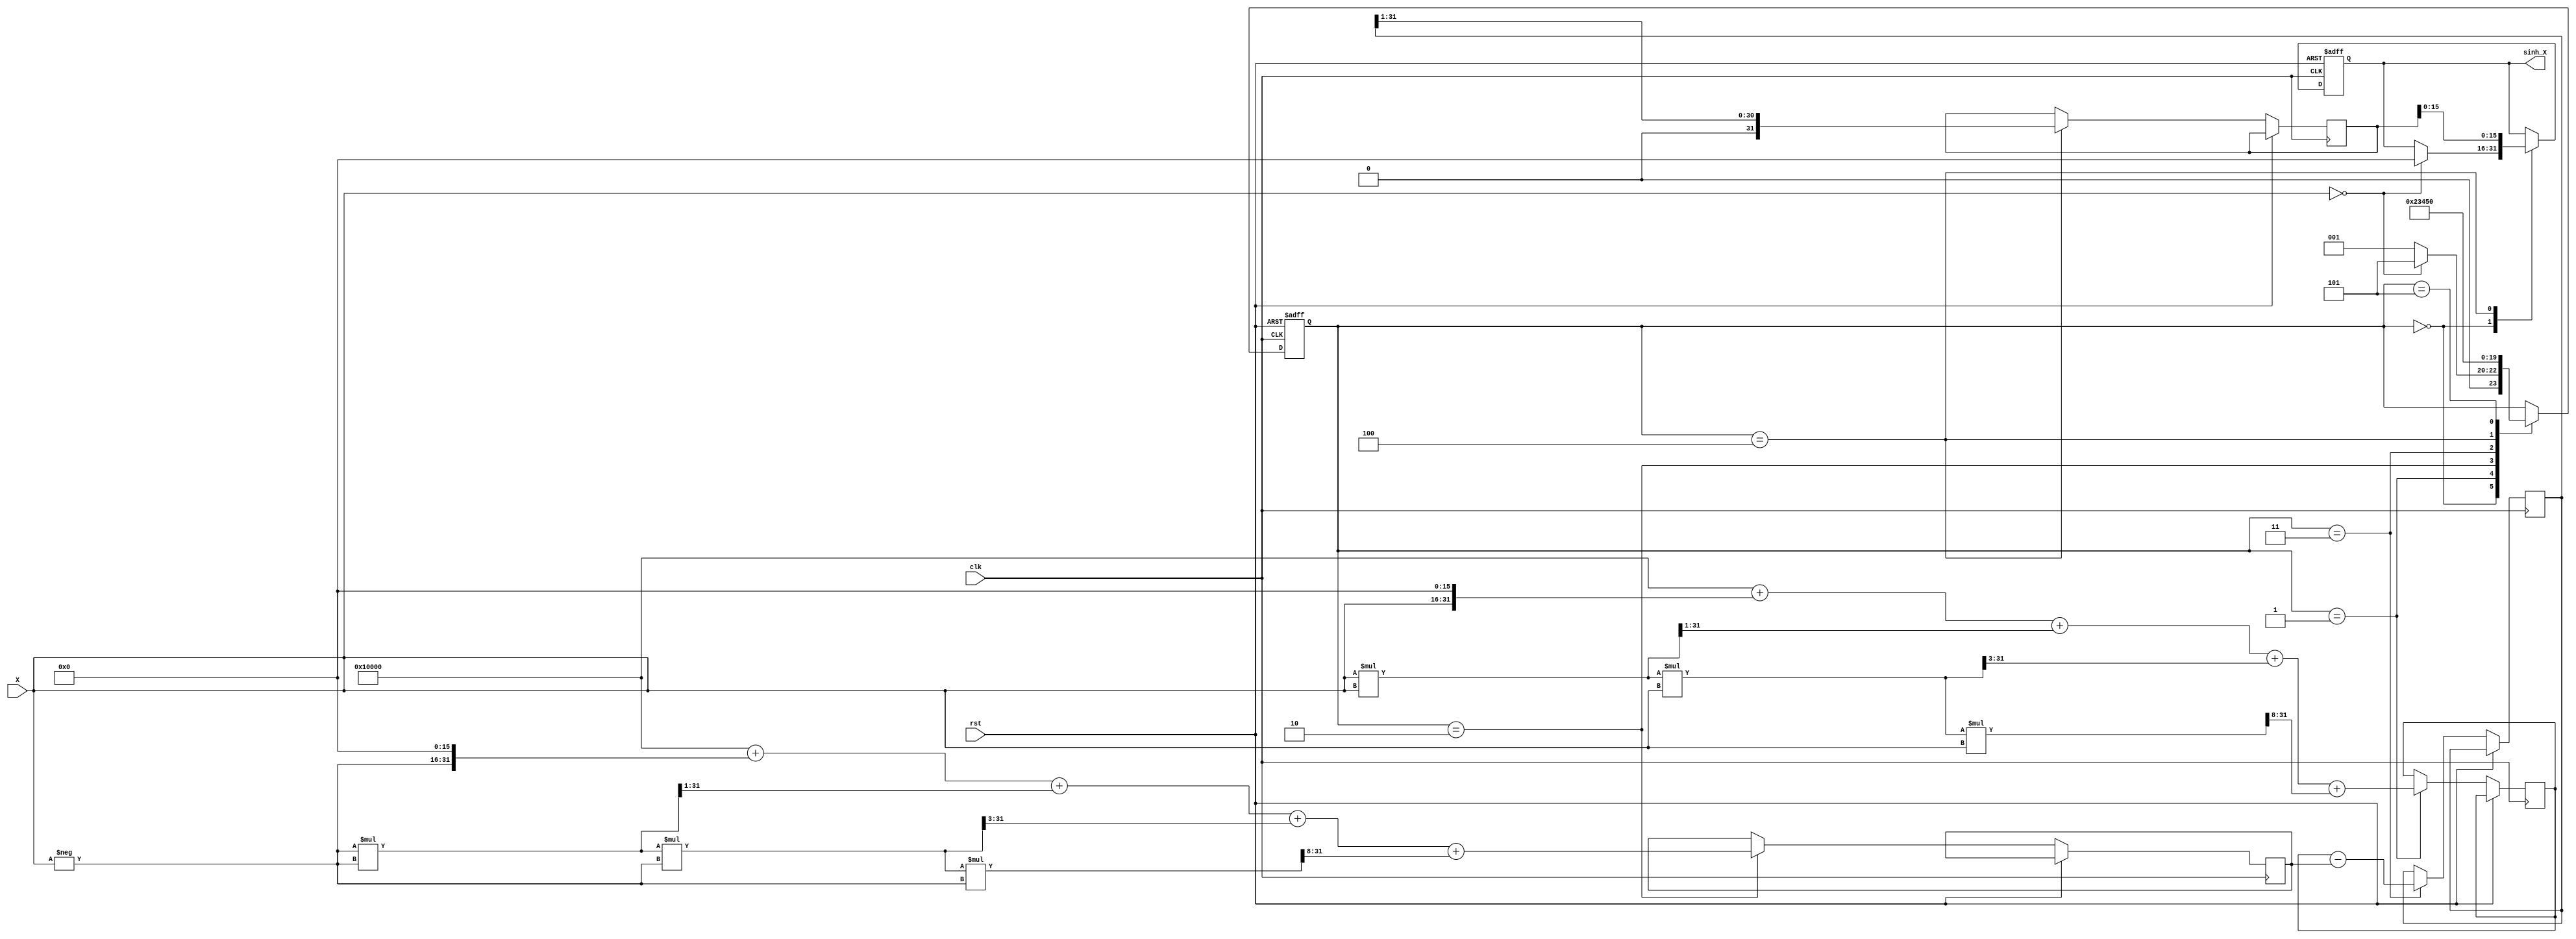
module sinh_arithmetic_block (
    input  wire signed [15:0] X,            // Input value (fixed-point representation)
    output reg  signed [15:0] sinh_X,       // Output of sinh(X)
    input  wire clk,
    input  wire rst
);

    // Parameters for fixed-point representation
    parameter INTEGER_BITS = 16;             // Total bits for input
    parameter FRACTIONAL_BITS = 15;          // Fractional bits

    // Internal signals
    reg signed [31:0] exp_X;                 // e^x (expanded for precision)
    reg signed [31:0] exp_neg_X;             // e^-x
    reg signed [31:0] exp_diff;               // e^X - e^-X
    reg signed [31:0] division_result;        // Result of division by 2
    reg [3:0] state;                         // State for control logic

    // State machine states
    localparam IDLE         = 4'd0;
    localparam EXP_X       = 4'd1;
    localparam EXP_NEG_X   = 4'd2;
    localparam SUBTRACT     = 4'd3;
    localparam DIVIDE       = 4'd4;
    localparam OUTPUT       = 4'd5;

    // Exponential approximation function (simple Taylor series expansion)
    function signed [31:0] exp_approx(input signed [15:0] value);
        begin
            // Taylor series expansion: 1 + x + x^2/2 + x^3/6 + x^4/24 + ...
            // This is an approximation for small values
            exp_approx = (32'h00010000 + (value << 16)       // 1 + x
                         + ((value * value) >> 1)       // + x^2/2
                         + ((value * value * value) >> 3) // + x^3/6
                         + ((value * value * value * value) >> 8)); // + x^4/24
        end
    endfunction

    always @(posedge clk or posedge rst) begin
        if (rst) begin
            state <= IDLE;
            sinh_X <= 16'b0;
        end else begin
            case (state)
                IDLE: begin
                    if (X == 16'd0) begin
                        sinh_X <= 16'b0; // Handle zero case
                        state <= OUTPUT;
                    end else begin
                        state <= EXP_X; // Start computation
                    end
                end
                
                EXP_X: begin
                    exp_X <= exp_approx(X);
                    state <= EXP_NEG_X;
                end
                
                EXP_NEG_X: begin
                    exp_neg_X <= exp_approx(-X);
                    state <= SUBTRACT;
                end
                
                SUBTRACT: begin
                    exp_diff <= exp_X - exp_neg_X;
                    state <= DIVIDE;
                end
                
                DIVIDE: begin
                    division_result <= exp_diff >> 1; // divide by 2
                    sinh_X <= division_result[15:0]; // take lower 16 bits as output
                    state <= OUTPUT;
                end
                
                OUTPUT: begin
                    // Final output will be set and wait for next input
                    state <= IDLE;
                end
            endcase
        end
    end
endmodule